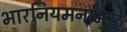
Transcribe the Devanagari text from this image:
भारनियमनामुळे